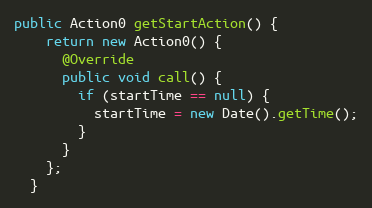
Language: Java
public Action0 getStartAction() {
    return new Action0() {
      @Override
      public void call() {
        if (startTime == null) {
          startTime = new Date().getTime();
        }
      }
    };
  }